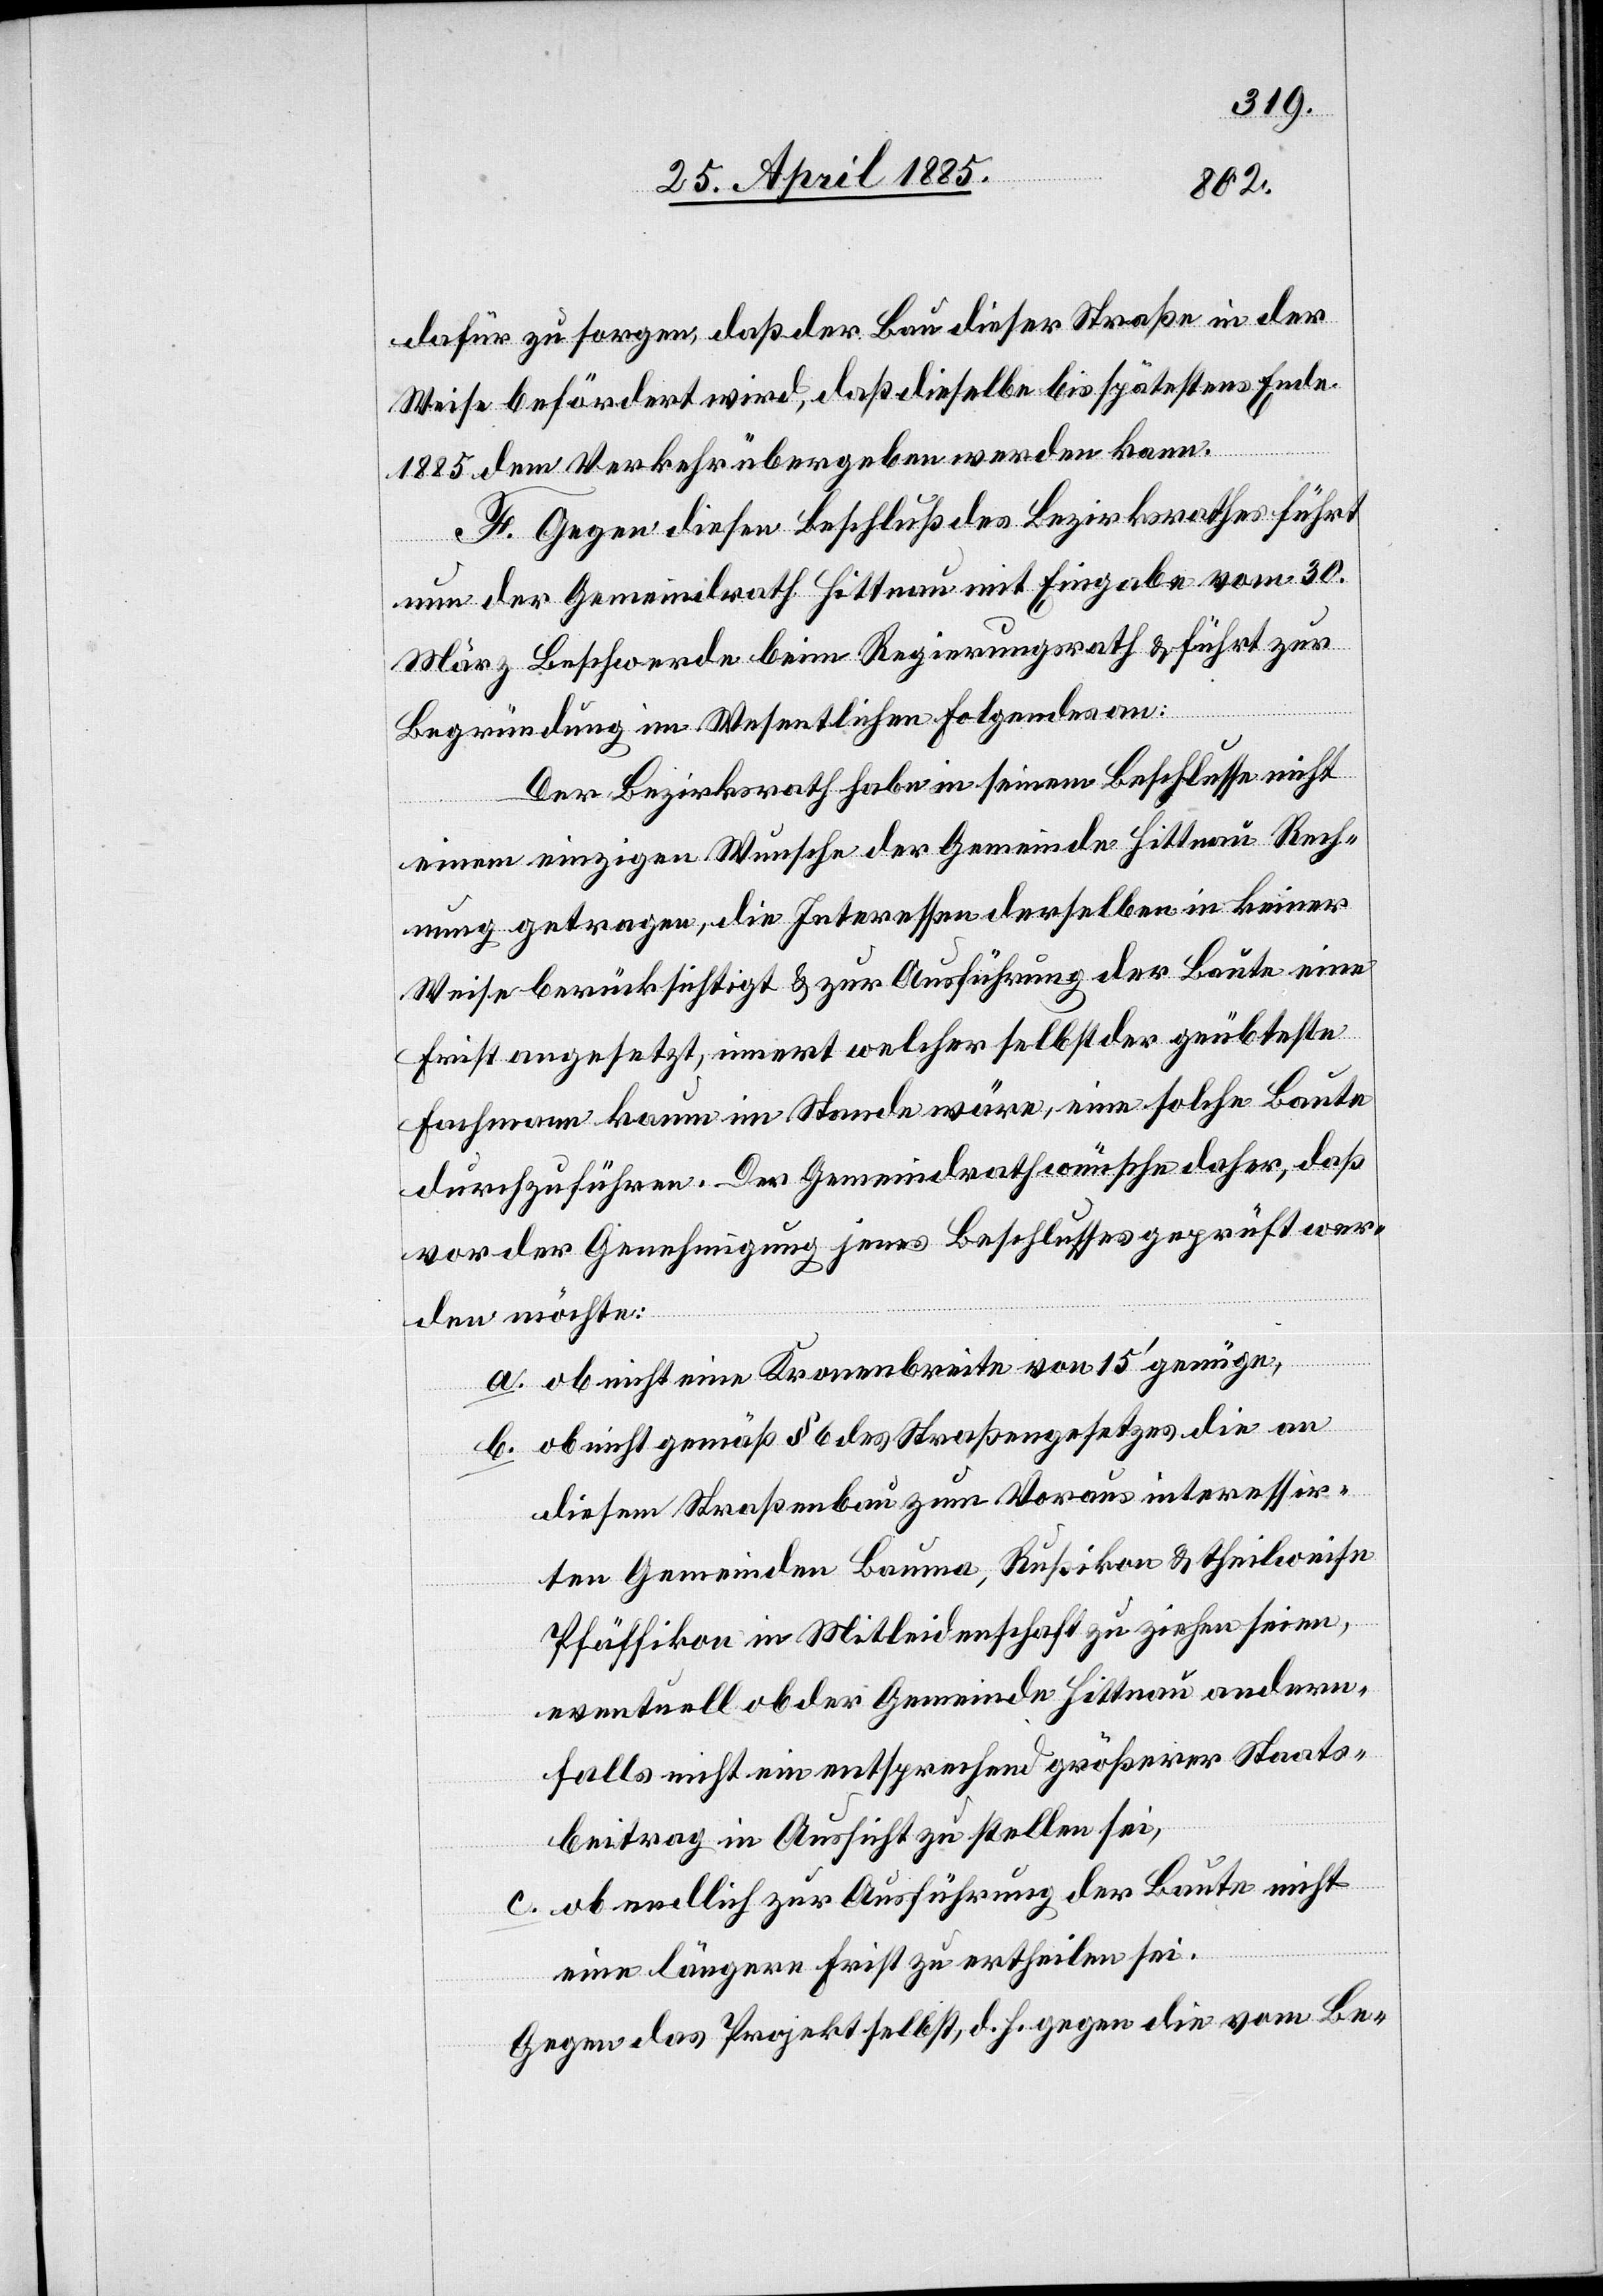
dafür zu sorgen, daß der Bau dieser Straße in der
Weise befördert wird, daß dieselbe bis spätestens Ende
1885 dem Verkehr übergeben werden kann.
F. Gegen diesen Beschluß des Bezirksrathes führt
nun der Gemeindrath Hittnau mit Eingabe vom 30.
März Beschwerde beim Regierungsrath & führt zur
Begründung im Wesentlichen folgendes an:
Der Bezirksrath habe in seinem Beschlusse nicht
einem einzigen Wunsche der Gemeinde Hittnau Rech¬
nung getragen, die Interessen derselben in keiner
Weise berücksichtigt & zur Ausführung der Baute eine
Frist angesetzt, innert welcher selbst der geübteste
Fachmann kaum im Stande wäre, eine solche Baute
durchzuführen. Der Gemeindrath wünsche daher, daß
vor der Genehmigung jenes Beschlusses geprüft wer¬
den möchte:
a. ob nicht eine Kronenbreite von 15’ genüge,
b. ob nicht gemäß § 6 des Straßengesetzes die an
diesem Straßenbau zum Voraus interessir¬
ten Gemeinden Bauma, Rußikon & theilweise
Pfäffikon in Mitleidenschaft zu ziehen seien,
eventuell ob der Gemeinde Hittnau andern¬
falls nicht ein entsprechend größerer Staats¬
beitrag in Aussicht zu stellen sei,
c. ob endlich zur Ausführung der Baute nicht
eine längere Frist zu ertheilen sei.
Gegen das Projekt selbst, d. h. gegen die vom Be-